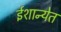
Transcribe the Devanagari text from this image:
ईशान्येत